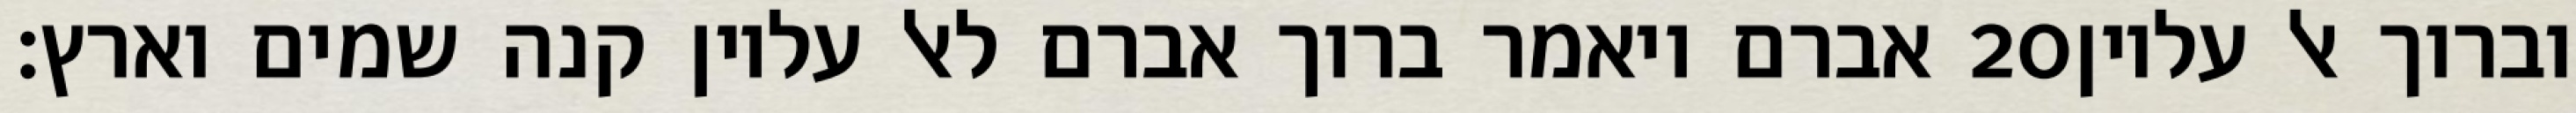
אברם ויאמר ברוך אברם לאל עליון קנה שמים וארץ׃ ‎20‏ וברוך אל עליון